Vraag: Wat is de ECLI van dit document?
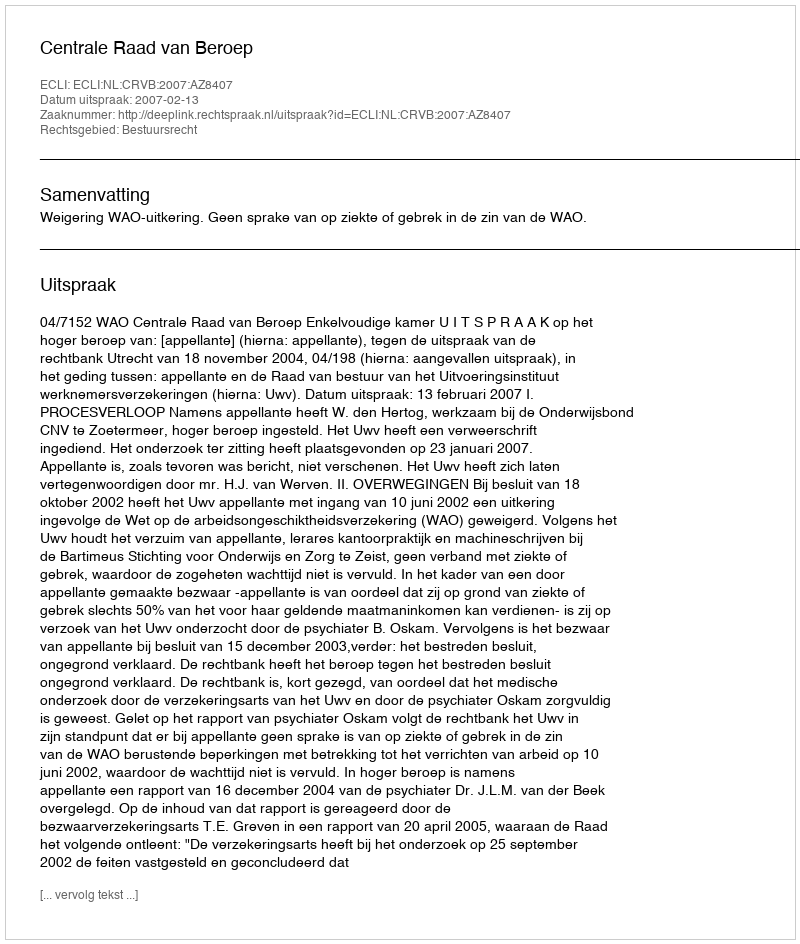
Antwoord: ECLI:NL:CRVB:2007:AZ8407